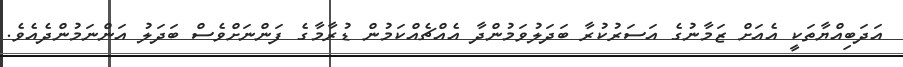
އަދަބިއްޔާތަކީ އެއަށް ޒަމާނުގެ އަސަރުކުރާ ބަދަލުވަމުންދާ އެއްޗެއްކަމުން ޑުރާމާގެ ފަންނަށްވެސް ބަދަލު އަންނަމުންދެއެވެ.